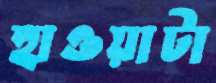
হাওয়াটা